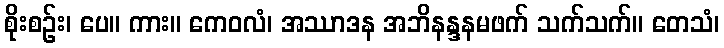
စိုးစဉ်း၊ ပေ။ ကား။ ကေဝလံ၊ အဿာဒန အဘိနန္ဒနမဖက် သက်သက်။ တေသံ၊